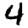
Digit: 4